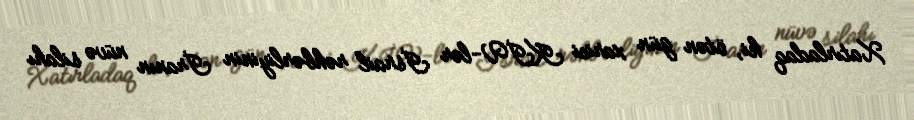
Xatırladaq ki, ötən gün xarici KİV-lər İsrail rəhbərliyinin İranın nüvə silahı